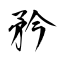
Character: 矜